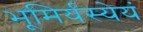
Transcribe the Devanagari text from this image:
भूमिर्यस्येयं